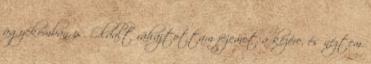
ágyékomban is. Oldalt ráhajtottam fejemet a kezére, és néztem